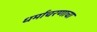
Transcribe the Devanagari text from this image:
धर्माचरणाचा